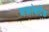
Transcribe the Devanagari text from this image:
अक्रोबटिक